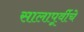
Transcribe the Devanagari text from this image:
सालापूर्वीचे